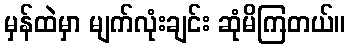
မှန်ထဲမှာ မျက်လုံးချင်း ဆုံမိကြတယ်။